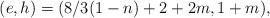
LaTeX: \begin{align*}(e, h) =(8/3 (1-n) +2+2m ,1+m),\end{align*}